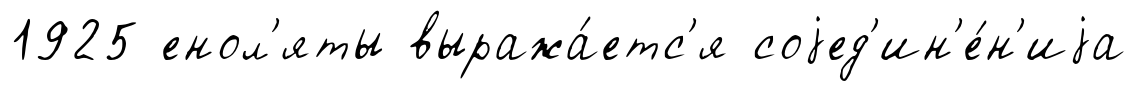
1925 енол'яты выража́етс'я соjед'ин'е́н'иjа